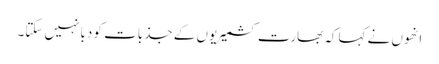
انھوں نے کہاکہ بھارت کشمیریوں کے جذبات کو دبانہیں سکتا۔